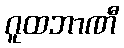
ဂူထဘာဏီ